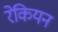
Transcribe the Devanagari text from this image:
रेकियन